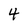
Character: 4